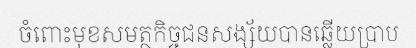
ចំពោះមុខសមត្ថកិច្ចជនសង្ស័យបានឆ្លើយប្រាប